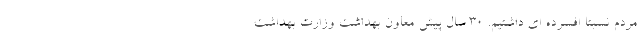
مردم نسبتا افسرده ای داشتیم. 30 سال پیش معاون بهداشت وزارت بهداشت